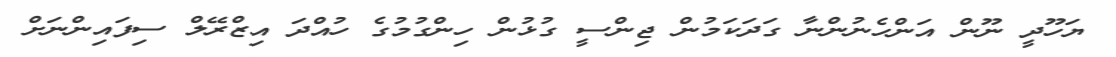
ޔަހޫދީ ނޫން އަންހެނުންނާ ގަދަކަމުން ޖިންސީ ގުޅުން ހިންގުމުގެ ހުއްދަ އިޒްރޭލް ސިފައިންނަށް